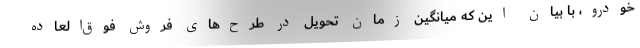
خودرو، با بیان این که میانگین زمان تحویل در طرح‌های فروش فوق‌العاده